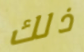
ذلك